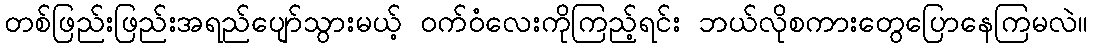
တစ်ဖြည်းဖြည်းအရည်ပျော်သွားမယ့် ဝက်ဝံလေးကိုကြည့်ရင်း ဘယ်လိုစကားတွေပြောနေကြမလဲ။